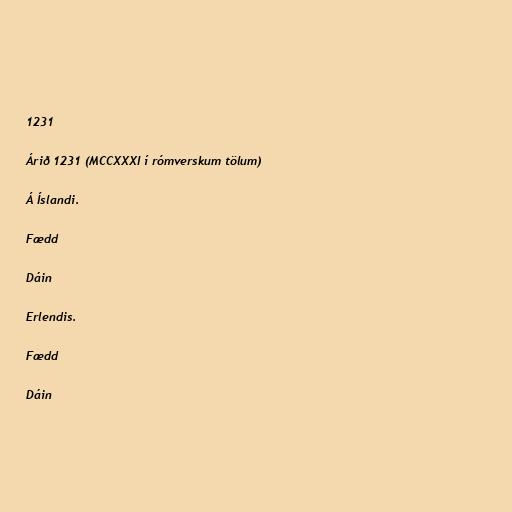
1231

Árið 1231 (MCCXXXI í rómverskum tölum)

Á Íslandi.

Fædd

Dáin

Erlendis.

Fædd

Dáin